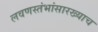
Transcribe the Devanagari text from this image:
लवणस्तंभांसारख्याच